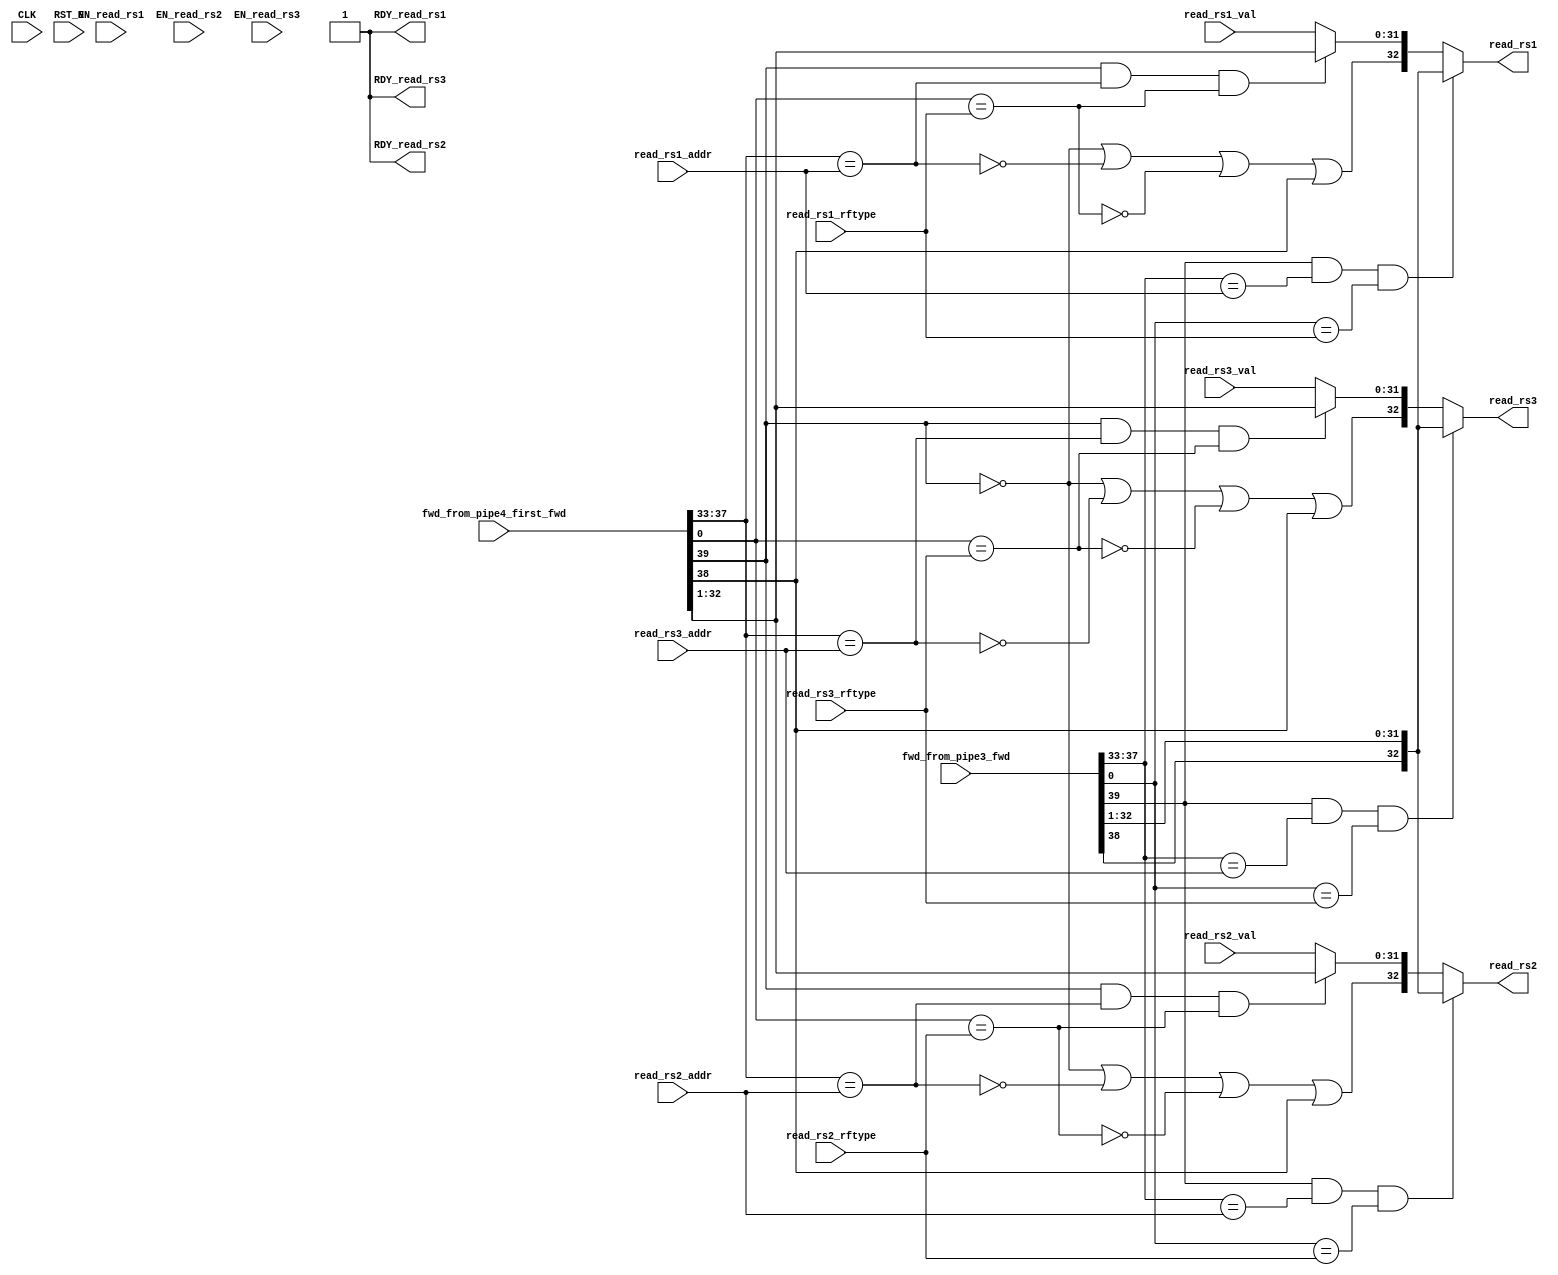
//
// Generated by Bluespec Compiler, version 2021.07-3-g8227dc97 (build 8227dc97)
//
// On Fri Sep  3 12:08:21 PDT 2021
//
//
// Ports:
// Name                         I/O  size props
// read_rs1                       O    33
// RDY_read_rs1                   O     1 const
// read_rs2                       O    33
// RDY_read_rs2                   O     1 const
// read_rs3                       O    33
// RDY_read_rs3                   O     1 const
// CLK                            I     1 unused
// RST_N                          I     1 unused
// fwd_from_pipe3_fwd             I    40
// fwd_from_pipe4_first_fwd       I    40
// read_rs1_val                   I    32
// read_rs1_addr                  I     5
// read_rs1_rftype                I     1
// read_rs2_val                   I    32
// read_rs2_addr                  I     5
// read_rs2_rftype                I     1
// read_rs3_val                   I    32
// read_rs3_addr                  I     5
// read_rs3_rftype                I     1
// EN_read_rs1                    I     1 unused
// EN_read_rs2                    I     1 unused
// EN_read_rs3                    I     1 unused
//
// Combinational paths from inputs to outputs:
//   (fwd_from_pipe3_fwd,
//    fwd_from_pipe4_first_fwd,
//    read_rs1_val,
//    read_rs1_addr,
//    read_rs1_rftype) -> read_rs1
//   (fwd_from_pipe3_fwd,
//    fwd_from_pipe4_first_fwd,
//    read_rs2_val,
//    read_rs2_addr,
//    read_rs2_rftype) -> read_rs2
//   (fwd_from_pipe3_fwd,
//    fwd_from_pipe4_first_fwd,
//    read_rs3_val,
//    read_rs3_addr,
//    read_rs3_rftype) -> read_rs3
//
//

`ifdef BSV_ASSIGNMENT_DELAY
`else
  `define BSV_ASSIGNMENT_DELAY
`endif

`ifdef BSV_POSITIVE_RESET
  `define BSV_RESET_VALUE 1'b1
  `define BSV_RESET_EDGE posedge
`else
  `define BSV_RESET_VALUE 1'b0
  `define BSV_RESET_EDGE negedge
`endif

module mkfwding(CLK,
		RST_N,

		fwd_from_pipe3_fwd,

		fwd_from_pipe4_first_fwd,

		read_rs1_val,
		read_rs1_addr,
		read_rs1_rftype,
		EN_read_rs1,
		read_rs1,
		RDY_read_rs1,

		read_rs2_val,
		read_rs2_addr,
		read_rs2_rftype,
		EN_read_rs2,
		read_rs2,
		RDY_read_rs2,

		read_rs3_val,
		read_rs3_addr,
		read_rs3_rftype,
		EN_read_rs3,
		read_rs3,
		RDY_read_rs3);
  parameter [31 : 0] hartid = 32'b0;
  input  CLK;
  input  RST_N;

  // action method fwd_from_pipe3
  input  [39 : 0] fwd_from_pipe3_fwd;

  // action method fwd_from_pipe4_first
  input  [39 : 0] fwd_from_pipe4_first_fwd;

  // actionvalue method read_rs1
  input  [31 : 0] read_rs1_val;
  input  [4 : 0] read_rs1_addr;
  input  read_rs1_rftype;
  input  EN_read_rs1;
  output [32 : 0] read_rs1;
  output RDY_read_rs1;

  // actionvalue method read_rs2
  input  [31 : 0] read_rs2_val;
  input  [4 : 0] read_rs2_addr;
  input  read_rs2_rftype;
  input  EN_read_rs2;
  output [32 : 0] read_rs2;
  output RDY_read_rs2;

  // actionvalue method read_rs3
  input  [31 : 0] read_rs3_val;
  input  [4 : 0] read_rs3_addr;
  input  read_rs3_rftype;
  input  EN_read_rs3;
  output [32 : 0] read_rs3;
  output RDY_read_rs3;

  // signals for module outputs
  wire [32 : 0] read_rs1, read_rs2, read_rs3;
  wire RDY_read_rs1, RDY_read_rs2, RDY_read_rs3;

  // rule scheduling signals
  wire CAN_FIRE_fwd_from_pipe3,
       CAN_FIRE_fwd_from_pipe4_first,
       CAN_FIRE_read_rs1,
       CAN_FIRE_read_rs2,
       CAN_FIRE_read_rs3,
       WILL_FIRE_fwd_from_pipe3,
       WILL_FIRE_fwd_from_pipe4_first,
       WILL_FIRE_read_rs1,
       WILL_FIRE_read_rs2,
       WILL_FIRE_read_rs3;

  // declarations used by system tasks
  // synopsys translate_off
  reg TASK_testplusargs___d1;
  reg TASK_testplusargs___d2;
  reg TASK_testplusargs___d3;
  reg [63 : 0] v__h255;
  reg TASK_testplusargs___d21;
  reg TASK_testplusargs___d22;
  reg TASK_testplusargs___d23;
  reg [63 : 0] v__h479;
  reg TASK_testplusargs_OR_TASK_testplusargs_AND_TAS_ETC___d8;
  reg TASK_testplusargs_OR_TASK_testplusargs_AND_TAS_ETC___d10;
  reg TASK_testplusargs_OR_TASK_testplusargs_AND_TAS_ETC___d12;
  reg TASK_testplusargs_OR_TASK_testplusargs_AND_TAS_ETC___d14;
  reg TASK_testplusargs_OR_TASK_testplusargs_AND_TAS_ETC___d18;
  reg TASK_testplusargs_OR_TASK_testplusargs_AND_TAS_ETC___d20;
  reg TASK_testplusargs_1_OR_TASK_testplusargs_2_AND_ETC___d28;
  reg TASK_testplusargs_1_OR_TASK_testplusargs_2_AND_ETC___d30;
  reg TASK_testplusargs_1_OR_TASK_testplusargs_2_AND_ETC___d32;
  reg TASK_testplusargs_1_OR_TASK_testplusargs_2_AND_ETC___d34;
  reg TASK_testplusargs_1_OR_TASK_testplusargs_2_AND_ETC___d38;
  reg TASK_testplusargs_1_OR_TASK_testplusargs_2_AND_ETC___d40;
  // synopsys translate_on

  // remaining internal signals
  wire [31 : 0] IF_wr_from_pipe4_first_wget__2_BIT_39_3_AND_wr_ETC___d101,
		IF_wr_from_pipe4_first_wget__2_BIT_39_3_AND_wr_ETC___d68,
		IF_wr_from_pipe4_first_wget__2_BIT_39_3_AND_wr_ETC___d86;
  wire wr_from_pipe4_first_wget__2_BITS_37_TO_33_5_EQ_ETC___d56,
       wr_from_pipe4_first_wget__2_BITS_37_TO_33_5_EQ_ETC___d77,
       wr_from_pipe4_first_wget__2_BITS_37_TO_33_5_EQ_ETC___d92,
       wr_from_pipe4_first_wget__2_BIT_0_9_EQ_read_rs_ETC___d60,
       wr_from_pipe4_first_wget__2_BIT_0_9_EQ_read_rs_ETC___d80,
       wr_from_pipe4_first_wget__2_BIT_0_9_EQ_read_rs_ETC___d95;

  // action method fwd_from_pipe3
  assign CAN_FIRE_fwd_from_pipe3 = 1'd1 ;
  assign WILL_FIRE_fwd_from_pipe3 = 1'd1 ;

  // action method fwd_from_pipe4_first
  assign CAN_FIRE_fwd_from_pipe4_first = 1'd1 ;
  assign WILL_FIRE_fwd_from_pipe4_first = 1'd1 ;

  // actionvalue method read_rs1
  assign read_rs1 =
	     (fwd_from_pipe3_fwd[39] &&
	      fwd_from_pipe3_fwd[37:33] == read_rs1_addr &&
	      fwd_from_pipe3_fwd[0] == read_rs1_rftype) ?
	       { fwd_from_pipe3_fwd[38], fwd_from_pipe3_fwd[32:1] } :
	       { !fwd_from_pipe4_first_fwd[39] ||
		 !wr_from_pipe4_first_wget__2_BITS_37_TO_33_5_EQ_ETC___d56 ||
		 !wr_from_pipe4_first_wget__2_BIT_0_9_EQ_read_rs_ETC___d60 ||
		 fwd_from_pipe4_first_fwd[38],
		 IF_wr_from_pipe4_first_wget__2_BIT_39_3_AND_wr_ETC___d68 } ;
  assign RDY_read_rs1 = 1'b1 ;
  assign CAN_FIRE_read_rs1 = 1'b1 ;
  assign WILL_FIRE_read_rs1 = EN_read_rs1 ;

  // actionvalue method read_rs2
  assign read_rs2 =
	     (fwd_from_pipe3_fwd[39] &&
	      fwd_from_pipe3_fwd[37:33] == read_rs2_addr &&
	      fwd_from_pipe3_fwd[0] == read_rs2_rftype) ?
	       { fwd_from_pipe3_fwd[38], fwd_from_pipe3_fwd[32:1] } :
	       { !fwd_from_pipe4_first_fwd[39] ||
		 !wr_from_pipe4_first_wget__2_BITS_37_TO_33_5_EQ_ETC___d77 ||
		 !wr_from_pipe4_first_wget__2_BIT_0_9_EQ_read_rs_ETC___d80 ||
		 fwd_from_pipe4_first_fwd[38],
		 IF_wr_from_pipe4_first_wget__2_BIT_39_3_AND_wr_ETC___d86 } ;
  assign RDY_read_rs2 = 1'b1 ;
  assign CAN_FIRE_read_rs2 = 1'b1 ;
  assign WILL_FIRE_read_rs2 = EN_read_rs2 ;

  // actionvalue method read_rs3
  assign read_rs3 =
	     (fwd_from_pipe3_fwd[39] &&
	      fwd_from_pipe3_fwd[37:33] == read_rs3_addr &&
	      fwd_from_pipe3_fwd[0] == read_rs3_rftype) ?
	       { fwd_from_pipe3_fwd[38], fwd_from_pipe3_fwd[32:1] } :
	       { !fwd_from_pipe4_first_fwd[39] ||
		 !wr_from_pipe4_first_wget__2_BITS_37_TO_33_5_EQ_ETC___d92 ||
		 !wr_from_pipe4_first_wget__2_BIT_0_9_EQ_read_rs_ETC___d95 ||
		 fwd_from_pipe4_first_fwd[38],
		 IF_wr_from_pipe4_first_wget__2_BIT_39_3_AND_wr_ETC___d101 } ;
  assign RDY_read_rs3 = 1'b1 ;
  assign CAN_FIRE_read_rs3 = 1'b1 ;
  assign WILL_FIRE_read_rs3 = EN_read_rs3 ;

  // remaining internal signals
  assign IF_wr_from_pipe4_first_wget__2_BIT_39_3_AND_wr_ETC___d101 =
	     (fwd_from_pipe4_first_fwd[39] &&
	      wr_from_pipe4_first_wget__2_BITS_37_TO_33_5_EQ_ETC___d92 &&
	      wr_from_pipe4_first_wget__2_BIT_0_9_EQ_read_rs_ETC___d95) ?
	       fwd_from_pipe4_first_fwd[32:1] :
	       read_rs3_val ;
  assign IF_wr_from_pipe4_first_wget__2_BIT_39_3_AND_wr_ETC___d68 =
	     (fwd_from_pipe4_first_fwd[39] &&
	      wr_from_pipe4_first_wget__2_BITS_37_TO_33_5_EQ_ETC___d56 &&
	      wr_from_pipe4_first_wget__2_BIT_0_9_EQ_read_rs_ETC___d60) ?
	       fwd_from_pipe4_first_fwd[32:1] :
	       read_rs1_val ;
  assign IF_wr_from_pipe4_first_wget__2_BIT_39_3_AND_wr_ETC___d86 =
	     (fwd_from_pipe4_first_fwd[39] &&
	      wr_from_pipe4_first_wget__2_BITS_37_TO_33_5_EQ_ETC___d77 &&
	      wr_from_pipe4_first_wget__2_BIT_0_9_EQ_read_rs_ETC___d80) ?
	       fwd_from_pipe4_first_fwd[32:1] :
	       read_rs2_val ;
  assign wr_from_pipe4_first_wget__2_BITS_37_TO_33_5_EQ_ETC___d56 =
	     fwd_from_pipe4_first_fwd[37:33] == read_rs1_addr ;
  assign wr_from_pipe4_first_wget__2_BITS_37_TO_33_5_EQ_ETC___d77 =
	     fwd_from_pipe4_first_fwd[37:33] == read_rs2_addr ;
  assign wr_from_pipe4_first_wget__2_BITS_37_TO_33_5_EQ_ETC___d92 =
	     fwd_from_pipe4_first_fwd[37:33] == read_rs3_addr ;
  assign wr_from_pipe4_first_wget__2_BIT_0_9_EQ_read_rs_ETC___d60 =
	     fwd_from_pipe4_first_fwd[0] == read_rs1_rftype ;
  assign wr_from_pipe4_first_wget__2_BIT_0_9_EQ_read_rs_ETC___d80 =
	     fwd_from_pipe4_first_fwd[0] == read_rs2_rftype ;
  assign wr_from_pipe4_first_wget__2_BIT_0_9_EQ_read_rs_ETC___d95 =
	     fwd_from_pipe4_first_fwd[0] == read_rs3_rftype ;

  // handling of system tasks

  // synopsys translate_off
  always@(negedge CLK)
  begin
    #0;
    if (RST_N != `BSV_RESET_VALUE)
      begin
        TASK_testplusargs___d1 = $test$plusargs("fullverbose");
	#0;
      end
    if (RST_N != `BSV_RESET_VALUE)
      begin
        TASK_testplusargs___d2 = $test$plusargs("mfwding");
	#0;
      end
    if (RST_N != `BSV_RESET_VALUE)
      begin
        TASK_testplusargs___d3 = $test$plusargs("l2");
	#0;
      end
    TASK_testplusargs_OR_TASK_testplusargs_AND_TAS_ETC___d8 =
	(TASK_testplusargs___d1 ||
	 TASK_testplusargs___d2 && TASK_testplusargs___d3) &&
	fwd_from_pipe3_fwd[39];
    TASK_testplusargs_OR_TASK_testplusargs_AND_TAS_ETC___d10 =
	(TASK_testplusargs___d1 ||
	 TASK_testplusargs___d2 && TASK_testplusargs___d3) &&
	!fwd_from_pipe3_fwd[39];
    TASK_testplusargs_OR_TASK_testplusargs_AND_TAS_ETC___d12 =
	(TASK_testplusargs___d1 ||
	 TASK_testplusargs___d2 && TASK_testplusargs___d3) &&
	fwd_from_pipe3_fwd[38];
    TASK_testplusargs_OR_TASK_testplusargs_AND_TAS_ETC___d14 =
	(TASK_testplusargs___d1 ||
	 TASK_testplusargs___d2 && TASK_testplusargs___d3) &&
	!fwd_from_pipe3_fwd[38];
    TASK_testplusargs_OR_TASK_testplusargs_AND_TAS_ETC___d18 =
	(TASK_testplusargs___d1 ||
	 TASK_testplusargs___d2 && TASK_testplusargs___d3) &&
	fwd_from_pipe3_fwd[0];
    TASK_testplusargs_OR_TASK_testplusargs_AND_TAS_ETC___d20 =
	(TASK_testplusargs___d1 ||
	 TASK_testplusargs___d2 && TASK_testplusargs___d3) &&
	!fwd_from_pipe3_fwd[0];
    if (RST_N != `BSV_RESET_VALUE)
      begin
        v__h255 = $time;
	#0;
      end
    if (RST_N != `BSV_RESET_VALUE)
      if (TASK_testplusargs___d1 ||
	  TASK_testplusargs___d2 && TASK_testplusargs___d3)
	$write("[%10d", v__h255, "] ");
    if (RST_N != `BSV_RESET_VALUE)
      if (TASK_testplusargs___d1 ||
	  TASK_testplusargs___d2 && TASK_testplusargs___d3)
	$write("[%2d]FWDING: from PIPE3: ", hartid);
    if (RST_N != `BSV_RESET_VALUE)
      if (TASK_testplusargs___d1 ||
	  TASK_testplusargs___d2 && TASK_testplusargs___d3)
	$write("FwdType { ", "valid: ");
    if (RST_N != `BSV_RESET_VALUE)
      if (TASK_testplusargs_OR_TASK_testplusargs_AND_TAS_ETC___d8)
	$write("True");
    if (RST_N != `BSV_RESET_VALUE)
      if (TASK_testplusargs_OR_TASK_testplusargs_AND_TAS_ETC___d10)
	$write("False");
    if (RST_N != `BSV_RESET_VALUE)
      if (TASK_testplusargs___d1 ||
	  TASK_testplusargs___d2 && TASK_testplusargs___d3)
	$write(", ", "available: ");
    if (RST_N != `BSV_RESET_VALUE)
      if (TASK_testplusargs_OR_TASK_testplusargs_AND_TAS_ETC___d12)
	$write("True");
    if (RST_N != `BSV_RESET_VALUE)
      if (TASK_testplusargs_OR_TASK_testplusargs_AND_TAS_ETC___d14)
	$write("False");
    if (RST_N != `BSV_RESET_VALUE)
      if (TASK_testplusargs___d1 ||
	  TASK_testplusargs___d2 && TASK_testplusargs___d3)
	$write(", ", "addr: ");
    if (RST_N != `BSV_RESET_VALUE)
      if (TASK_testplusargs___d1 ||
	  TASK_testplusargs___d2 && TASK_testplusargs___d3)
	$write("'h%h", fwd_from_pipe3_fwd[37:33]);
    if (RST_N != `BSV_RESET_VALUE)
      if (TASK_testplusargs___d1 ||
	  TASK_testplusargs___d2 && TASK_testplusargs___d3)
	$write(", ", "data: ");
    if (RST_N != `BSV_RESET_VALUE)
      if (TASK_testplusargs___d1 ||
	  TASK_testplusargs___d2 && TASK_testplusargs___d3)
	$write("'h%h", fwd_from_pipe3_fwd[32:1]);
    if (RST_N != `BSV_RESET_VALUE)
      if (TASK_testplusargs___d1 ||
	  TASK_testplusargs___d2 && TASK_testplusargs___d3)
	$write(", ", "rftype: ");
    if (RST_N != `BSV_RESET_VALUE)
      if (TASK_testplusargs_OR_TASK_testplusargs_AND_TAS_ETC___d18)
	$write("FRF");
    if (RST_N != `BSV_RESET_VALUE)
      if (TASK_testplusargs_OR_TASK_testplusargs_AND_TAS_ETC___d20)
	$write("IRF");
    if (RST_N != `BSV_RESET_VALUE)
      if (TASK_testplusargs___d1 ||
	  TASK_testplusargs___d2 && TASK_testplusargs___d3)
	$write(" }");
    if (RST_N != `BSV_RESET_VALUE)
      if (TASK_testplusargs___d1 ||
	  TASK_testplusargs___d2 && TASK_testplusargs___d3)
	$write("\n");
    if (RST_N != `BSV_RESET_VALUE)
      begin
        TASK_testplusargs___d21 = $test$plusargs("fullverbose");
	#0;
      end
    if (RST_N != `BSV_RESET_VALUE)
      begin
        TASK_testplusargs___d22 = $test$plusargs("mfwding");
	#0;
      end
    if (RST_N != `BSV_RESET_VALUE)
      begin
        TASK_testplusargs___d23 = $test$plusargs("l2");
	#0;
      end
    TASK_testplusargs_1_OR_TASK_testplusargs_2_AND_ETC___d28 =
	(TASK_testplusargs___d21 ||
	 TASK_testplusargs___d22 && TASK_testplusargs___d23) &&
	fwd_from_pipe4_first_fwd[39];
    TASK_testplusargs_1_OR_TASK_testplusargs_2_AND_ETC___d30 =
	(TASK_testplusargs___d21 ||
	 TASK_testplusargs___d22 && TASK_testplusargs___d23) &&
	!fwd_from_pipe4_first_fwd[39];
    TASK_testplusargs_1_OR_TASK_testplusargs_2_AND_ETC___d32 =
	(TASK_testplusargs___d21 ||
	 TASK_testplusargs___d22 && TASK_testplusargs___d23) &&
	fwd_from_pipe4_first_fwd[38];
    TASK_testplusargs_1_OR_TASK_testplusargs_2_AND_ETC___d34 =
	(TASK_testplusargs___d21 ||
	 TASK_testplusargs___d22 && TASK_testplusargs___d23) &&
	!fwd_from_pipe4_first_fwd[38];
    TASK_testplusargs_1_OR_TASK_testplusargs_2_AND_ETC___d38 =
	(TASK_testplusargs___d21 ||
	 TASK_testplusargs___d22 && TASK_testplusargs___d23) &&
	fwd_from_pipe4_first_fwd[0];
    TASK_testplusargs_1_OR_TASK_testplusargs_2_AND_ETC___d40 =
	(TASK_testplusargs___d21 ||
	 TASK_testplusargs___d22 && TASK_testplusargs___d23) &&
	!fwd_from_pipe4_first_fwd[0];
    if (RST_N != `BSV_RESET_VALUE)
      begin
        v__h479 = $time;
	#0;
      end
    if (RST_N != `BSV_RESET_VALUE)
      if (TASK_testplusargs___d21 ||
	  TASK_testplusargs___d22 && TASK_testplusargs___d23)
	$write("[%10d", v__h479, "] ");
    if (RST_N != `BSV_RESET_VALUE)
      if (TASK_testplusargs___d21 ||
	  TASK_testplusargs___d22 && TASK_testplusargs___d23)
	$write("[%2d]FWDING: from PIPE4-first: ", hartid);
    if (RST_N != `BSV_RESET_VALUE)
      if (TASK_testplusargs___d21 ||
	  TASK_testplusargs___d22 && TASK_testplusargs___d23)
	$write("FwdType { ", "valid: ");
    if (RST_N != `BSV_RESET_VALUE)
      if (TASK_testplusargs_1_OR_TASK_testplusargs_2_AND_ETC___d28)
	$write("True");
    if (RST_N != `BSV_RESET_VALUE)
      if (TASK_testplusargs_1_OR_TASK_testplusargs_2_AND_ETC___d30)
	$write("False");
    if (RST_N != `BSV_RESET_VALUE)
      if (TASK_testplusargs___d21 ||
	  TASK_testplusargs___d22 && TASK_testplusargs___d23)
	$write(", ", "available: ");
    if (RST_N != `BSV_RESET_VALUE)
      if (TASK_testplusargs_1_OR_TASK_testplusargs_2_AND_ETC___d32)
	$write("True");
    if (RST_N != `BSV_RESET_VALUE)
      if (TASK_testplusargs_1_OR_TASK_testplusargs_2_AND_ETC___d34)
	$write("False");
    if (RST_N != `BSV_RESET_VALUE)
      if (TASK_testplusargs___d21 ||
	  TASK_testplusargs___d22 && TASK_testplusargs___d23)
	$write(", ", "addr: ");
    if (RST_N != `BSV_RESET_VALUE)
      if (TASK_testplusargs___d21 ||
	  TASK_testplusargs___d22 && TASK_testplusargs___d23)
	$write("'h%h", fwd_from_pipe4_first_fwd[37:33]);
    if (RST_N != `BSV_RESET_VALUE)
      if (TASK_testplusargs___d21 ||
	  TASK_testplusargs___d22 && TASK_testplusargs___d23)
	$write(", ", "data: ");
    if (RST_N != `BSV_RESET_VALUE)
      if (TASK_testplusargs___d21 ||
	  TASK_testplusargs___d22 && TASK_testplusargs___d23)
	$write("'h%h", fwd_from_pipe4_first_fwd[32:1]);
    if (RST_N != `BSV_RESET_VALUE)
      if (TASK_testplusargs___d21 ||
	  TASK_testplusargs___d22 && TASK_testplusargs___d23)
	$write(", ", "rftype: ");
    if (RST_N != `BSV_RESET_VALUE)
      if (TASK_testplusargs_1_OR_TASK_testplusargs_2_AND_ETC___d38)
	$write("FRF");
    if (RST_N != `BSV_RESET_VALUE)
      if (TASK_testplusargs_1_OR_TASK_testplusargs_2_AND_ETC___d40)
	$write("IRF");
    if (RST_N != `BSV_RESET_VALUE)
      if (TASK_testplusargs___d21 ||
	  TASK_testplusargs___d22 && TASK_testplusargs___d23)
	$write(" }");
    if (RST_N != `BSV_RESET_VALUE)
      if (TASK_testplusargs___d21 ||
	  TASK_testplusargs___d22 && TASK_testplusargs___d23)
	$write("\n");
  end
  // synopsys translate_on
endmodule  // mkfwding